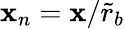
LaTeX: \mathbf{x}_{n}=\mathbf{x}/\tilde{{r}}_{b}